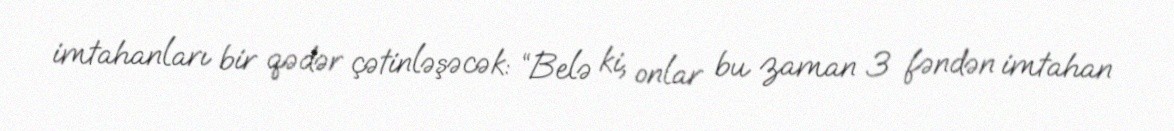
imtahanları bir qədər çətinləşəcək: “Belə ki, onlar bu zaman 3 fəndən imtahan